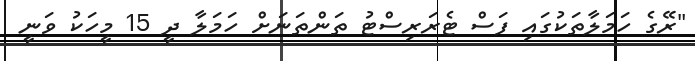
"ރޭގެ ހަމަލާތަކުގައި ފަސް ޓެރަރިސްޓު ތަންތަނަށް ހަމަލާ ދީ 15 މީހަކު ވަނީ